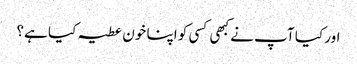
اور کیا آپ نے کبھی کسی کو اپنا خون عطیہ کیا ہے؟